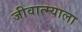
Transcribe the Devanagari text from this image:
जीवात्म्याला